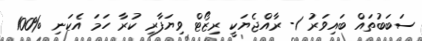
ސަބަބުތައް ބައިވަރު 1- ރާއްޖެޔަކީ ރިޒޯޓް ވިޔަފާރި ކުރާ ހަމަ އެކަނި %100